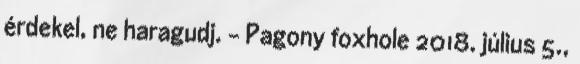
érdekel, ne haragudj. – Pagony foxhole 2018. július 5.,